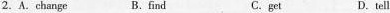
2.A.change B.find C.get D.tell